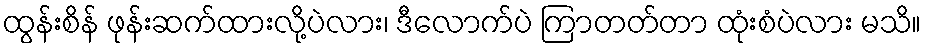
ထွန်းစိန် ဖုန်းဆက်ထားလို့ပဲလား၊ ဒီလောက်ပဲ ကြာတတ်တာ ထုံးစံပဲလား မသိ။